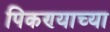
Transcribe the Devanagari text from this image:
पिकण्याच्या